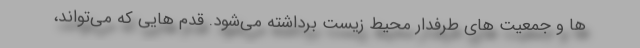
ها و جمعیت های طرفدار محیط زیست برداشته می‌شود. قدم هایی که می‌تواند،